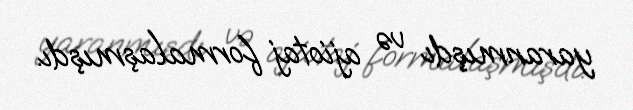
yaranmışdı və ajiotaj formalaşmışdı.